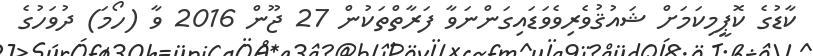
ކާޑުގެ ކޮޕީމިކަމަށް ޝައުޤުވެރިވެވަޑައިގަންނަވާ ފަރާތްތަކުން 27 ޖޫން 2016 ވާ (ހޯމަ) ދުވަހުގެ